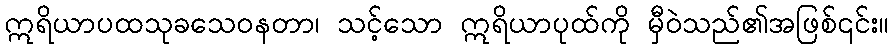
ဣရိယာပထသုခသေဝနတာ၊ သင့်သော ဣရိယာပုထ်ကို မှီဝဲသည်၏အဖြစ်၎င်း။